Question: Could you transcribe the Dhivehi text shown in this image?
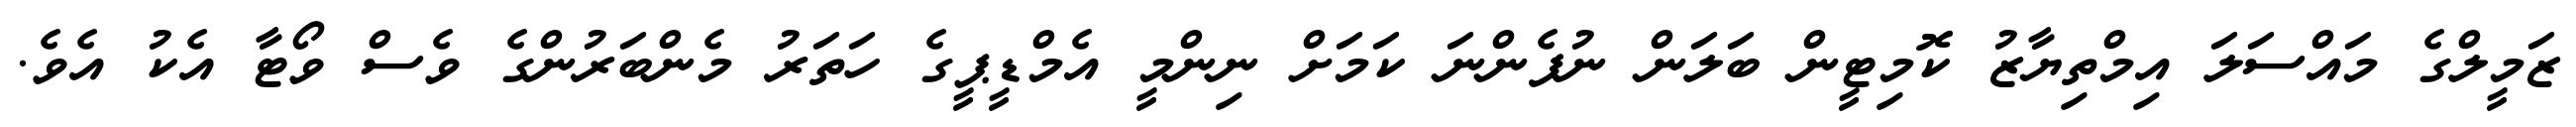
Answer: ޒަމީލްގެ މައްސަލަ އިމްތިޔާޒު ކޮމިޓީން ބަލަން ނުފެންނަ ކަމަށް ނިންމީ އެމްޑީޕީގެ ހަތަރު މެންބަރުންގެ ވެސް ވޯޓާ އެކު އެވެ.